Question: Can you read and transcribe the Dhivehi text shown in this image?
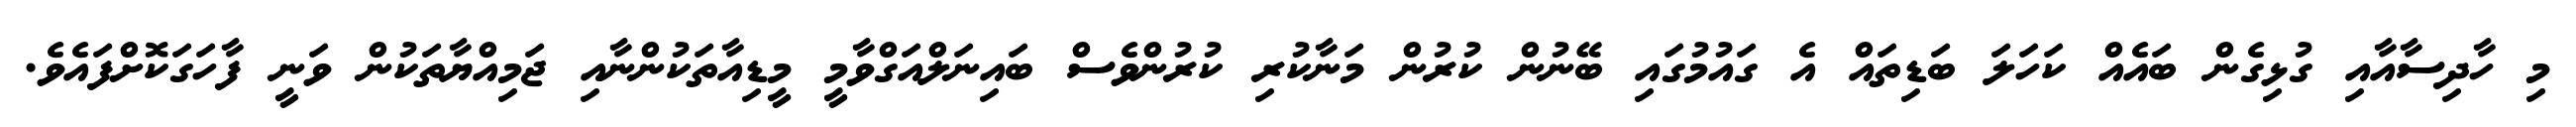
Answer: މި ހާދިސާއާއި ގުޅިގެން ބައެއް ކަހަލަ ބަޑިތައް އެ ގައުމުގައި ބޭނުން ކުރުން މަނާކުރި ކުރުންވެސް ބައިނަލްއަގްވާމީ މީޑިއާތަކުންނާއި ޖަމިއްޔާތަކުން ވަނީ ފާހަގަކޮށްފައެވެ.